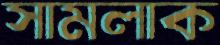
সামলাক